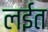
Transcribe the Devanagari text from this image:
लईत